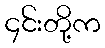
၄င်းတို့က